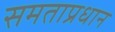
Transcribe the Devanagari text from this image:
समताप्रधान